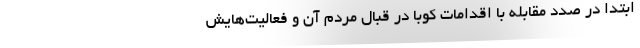
ابتدا در صدد مقابله با اقدامات کوبا در قبال مردم آن و فعالیت‌هایش